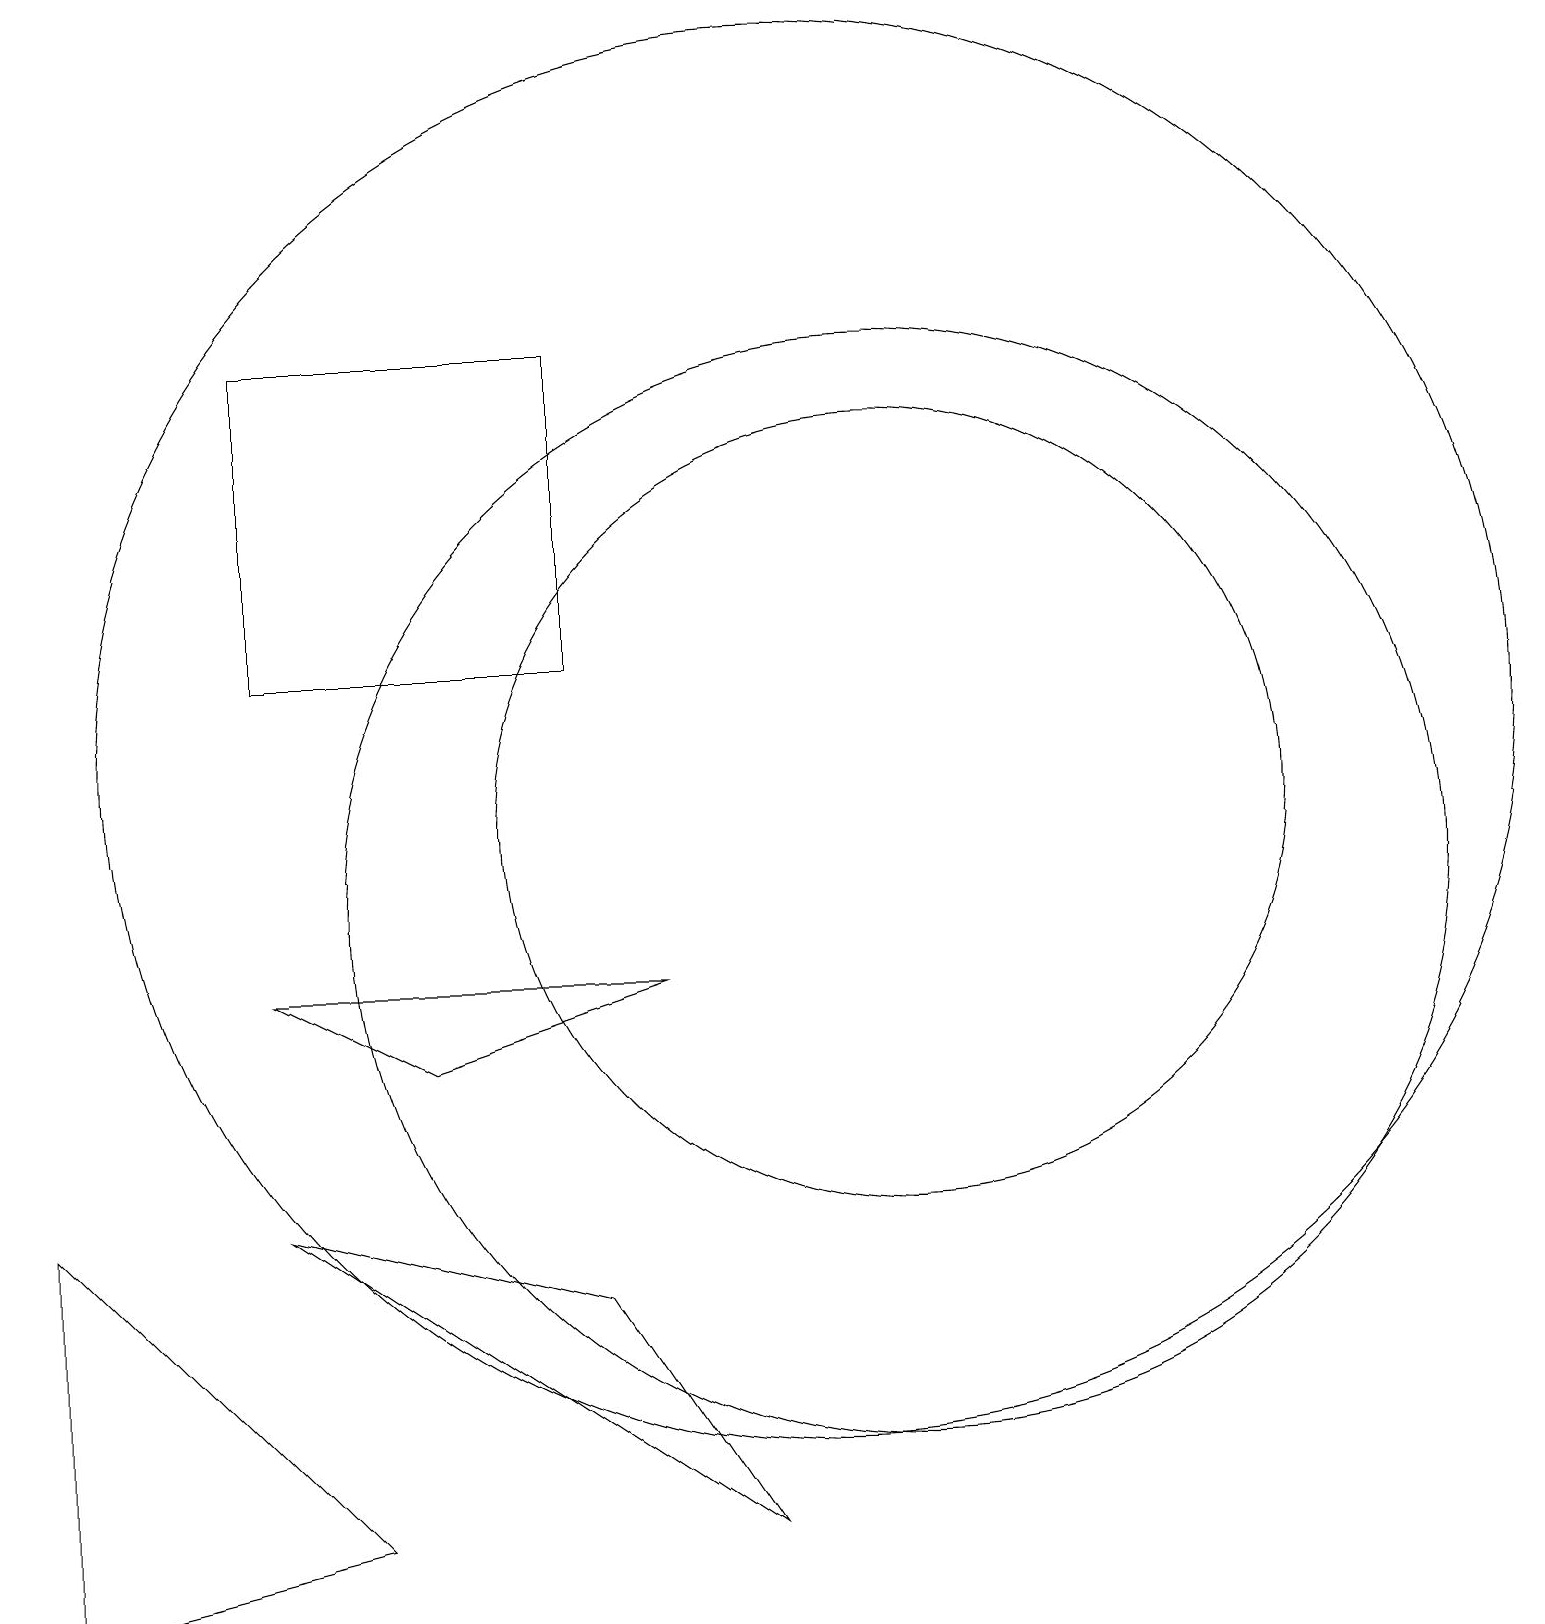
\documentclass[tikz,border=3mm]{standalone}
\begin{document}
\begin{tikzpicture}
\draw (4,2) -- (0,1) -- (0,6) -- cycle;
\draw (7,17) rectangle (3,13);
\draw (10,12) circle (9);
\draw (3,9) -- (8,9) -- (5,8) -- cycle;
\draw (7,5) -- (3,6) -- (9,2) -- cycle;
\draw (11,10) circle (7);
\draw (11,11) circle (5);
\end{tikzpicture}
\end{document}